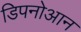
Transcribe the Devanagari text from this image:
डिपनोआन